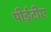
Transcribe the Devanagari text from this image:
पीईटीए